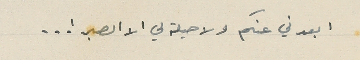
ابعدني عنكم ولاحيلة لي الا الصبر ! ..